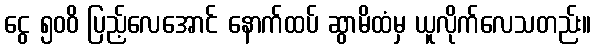
ငွေ ၅၀၀ိ ပြည့်လေအောင် နောက်ထပ် ဆွာမိထံမှ ယူလိုက်လေသတည်း။